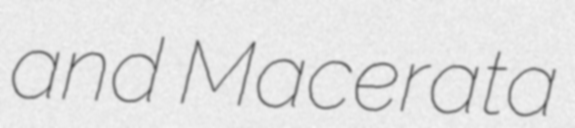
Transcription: and Macerata